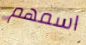
اسمهم